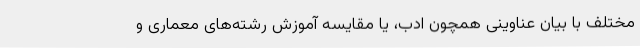
مختلف با بیان عناوینی همچون ادب، یا مقایسه آموزش رشته‌های معماری و